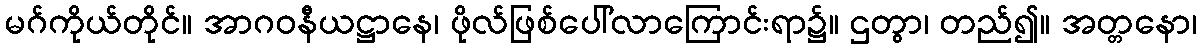
မဂ်ကိုယ်တိုင်။ အာဂဝနီယဋ္ဌာနေ၊ ဖိုလ်ဖြစ်ပေါ်လာကြောင်းရာ၌။ ဌတွာ၊ တည်၍။ အတ္တနော၊